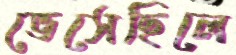
ভেসেছিলে